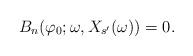
LaTeX: \begin{align*}B_{n} (\varphi _0 ;\omega , X_{s^{\prime }}(\omega))=0 .\end{align*}